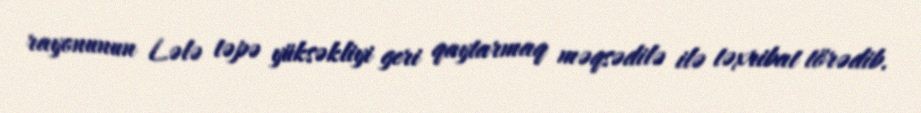
rayonunun Lələ təpə yüksəkliyi geri qaytarmaq məqsədilə ilə təxribat törədib.